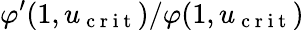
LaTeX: \varphi^{\prime}(1,u_{\mathrm{~c~r~i~t~}})/\varphi(1,u_{\mathrm{~c~r~i~t~}})